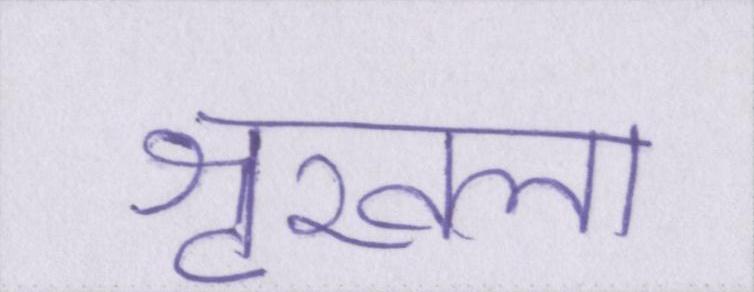
शृखला